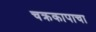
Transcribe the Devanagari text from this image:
चक्रकापाचा